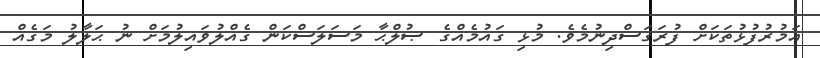
އަމުރުފުޅުތަކަށް ފުރަގަސްދިނުމެވެ. މުޅި ޤައުމެއްގެ ޞުލްޙާ މަސަލަސްކަން ގެއްލުވައިލުމަށް ނު ޙަލާލު މަގެއް